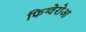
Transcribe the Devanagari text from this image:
फिग्वेरोआ